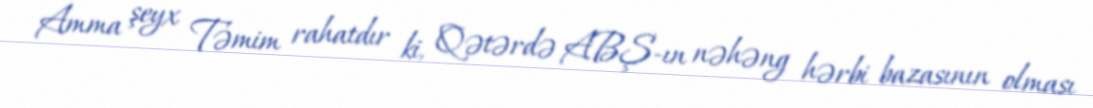
Amma şeyx Təmim rahatdır ki, Qətərdə ABŞ-ın nəhəng hərbi bazasının olması